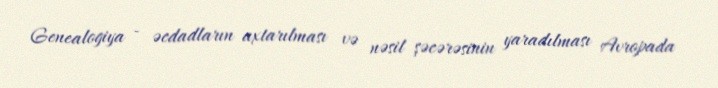
Genealogiya - əcdadların axtarılması və nəsil şəcərəsinin yaradılması Avropada